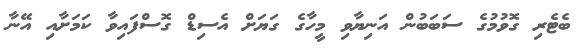
ބެޓެރި ގޮވުމުގެ ސަބަބުން އަނިޔާވި މީހާގެ ގަޔަށް އެސިޑް ގޮސްފައިވާ ކަމަށާއި އޭނާ